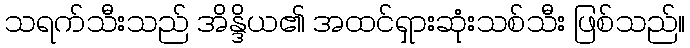
သရက်သီးသည် အိန္ဒိယ၏ အထင်ရှားဆုံးသစ်သီး ဖြစ်သည်။